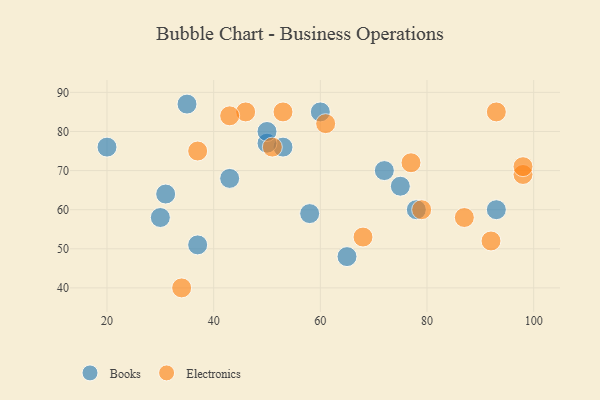
{"axis": {"x": "GDP", "y": "Life Expectancy"}, "legend": ["Books", "Electronics"], "data": [{"x": "20", "y": 76, "type": "Books"}, {"x": "72", "y": 70, "type": "Books"}, {"x": "58", "y": 59, "type": "Books"}, {"x": "78", "y": 60, "type": "Books"}, {"x": "53", "y": 76, "type": "Books"}, {"x": "30", "y": 58, "type": "Books"}, {"x": "37", "y": 51, "type": "Books"}, {"x": "75", "y": 66, "type": "Books"}, {"x": "43", "y": 68, "type": "Books"}, {"x": "50", "y": 77, "type": "Books"}, {"x": "60", "y": 85, "type": "Books"}, {"x": "35", "y": 87, "type": "Books"}, {"x": "50", "y": 80, "type": "Books"}, {"x": "31", "y": 64, "type": "Books"}, {"x": "93", "y": 60, "type": "Books"}, {"x": "65", "y": 48, "type": "Books"}, {"x": "79", "y": 60, "type": "Electronics"}, {"x": "46", "y": 85, "type": "Electronics"}, {"x": "77", "y": 72, "type": "Electronics"}, {"x": "37", "y": 75, "type": "Electronics"}, {"x": "92", "y": 52, "type": "Electronics"}, {"x": "61", "y": 82, "type": "Electronics"}, {"x": "53", "y": 85, "type": "Electronics"}, {"x": "43", "y": 84, "type": "Electronics"}, {"x": "34", "y": 40, "type": "Electronics"}, {"x": "98", "y": 69, "type": "Electronics"}, {"x": "68", "y": 53, "type": "Electronics"}, {"x": "87", "y": 58, "type": "Electronics"}, {"x": "51", "y": 76, "type": "Electronics"}, {"x": "93", "y": 85, "type": "Electronics"}, {"x": "98", "y": 71, "type": "Electronics"}]}